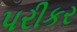
પરીકર